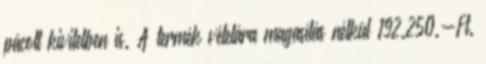
pácolt kivitelben is. A termék vételára magasítás nélkül 192.250.-Ft.